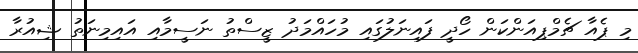
މި ޕެއާ ޗެމްޕިއަންކަން ހޯދީ ފައިނަލުގައި މުހައްމަދު ޒީސްތު ނަސީމާއި އައިމިނަތު ޝިއުރާ